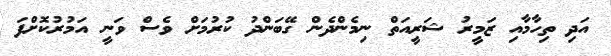
އަދި ތިހާމާއި ޒަމީރު ޝަރީއަތް ނިމެންދެން ގޭބަންދު ކުރުމަށް ވެސް ވަނީ އަމުރުކޮށްފަ